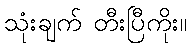
သုံးချက် တီးပြီကိုး။